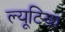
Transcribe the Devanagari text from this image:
ल्यूटिया